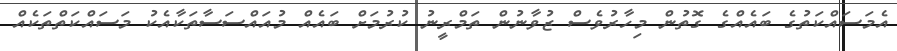
އެމަސައްކަތުގެ ބައެއްގެ ގޮތުން މިހާރުވެސް ޒުވާނުން ތަމްރީނު ކުރުމަށް ބައެއް މުއައްސަސާތަކާއެކު މަސައްކަތްތަކެއް